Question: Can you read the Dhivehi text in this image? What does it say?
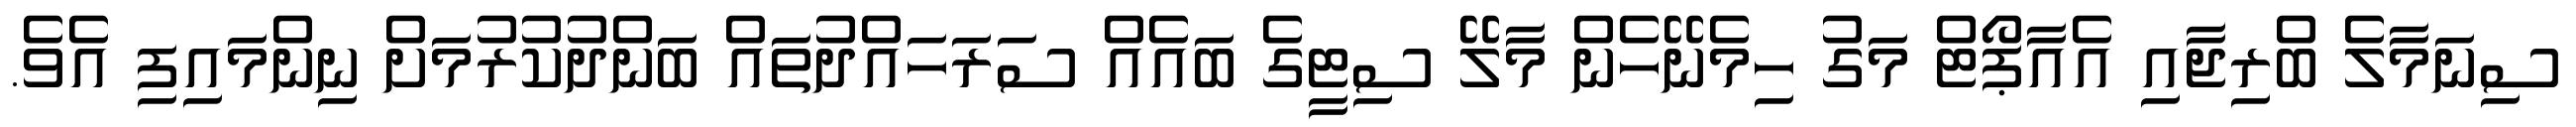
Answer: ސިނަމާލެ ބްރިޖާއި އެއާޕޯޓް މަގު ހިމެނޭހެން މާލޭ ސިޓީގެ ބައެއް ސަރަހައްދުތައް ބަންދުކުރުމަށް ނިންމައިފި އެވެ.